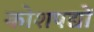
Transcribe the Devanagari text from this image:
कोशपद्यों